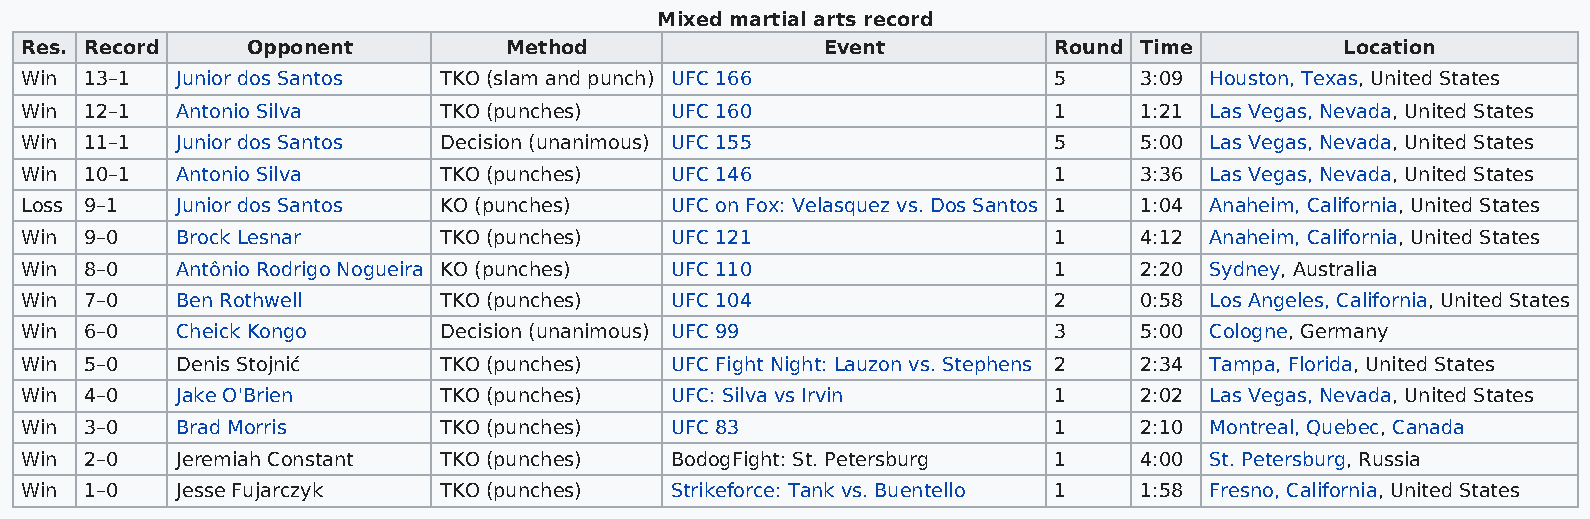
Mixed martial arts record
 Res. Record    Opponent          Method               Event          Round Time         Location
 Win  13–1  Junior dos Santos TKO (slam and punch) UFC 166            5    3:09 Houston, Texas, United States
 Win  12–1  Antonio Silva    TKO (punches)  UFC 160                   1    1:21 Las Vegas, Nevada, United States
 Win  11–1  Junior dos Santos Decision (unanimous) UFC 155            5    5:00 Las Vegas, Nevada, United States
 Win  10–1  Antonio Silva    TKO (punches)  UFC 146                   1    3:36 Las Vegas, Nevada, United States
 Loss 9–1   Junior dos Santos KO (punches)  UFC on Fox: Velasquez vs. Dos Santos 1 1:04 Anaheim, California, United States
 Win  9–0   Brock Lesnar     TKO (punches)  UFC 121                   1    4:12 Anaheim, California, United States
 Win  8–0   Antônio Rodrigo Nogueira KO (punches) UFC 110             1    2:20 Sydney, Australia
 Win  7–0   Ben Rothwell     TKO (punches)  UFC 104                   2    0:58 Los Angeles, California, United States
 Win  6–0   Cheick Kongo     Decision (unanimous) UFC 99              3    5:00 Cologne, Germany
 Win  5–0   Denis Stojnić    TKO (punches)  UFC Fight Night: Lauzon vs. Stephens 2 2:34 Tampa, Florida, United States
 Win  4–0   Jake O'Brien     TKO (punches)  UFC: Silva vs Irvin       1    2:02 Las Vegas, Nevada, United States
 Win  3–0   Brad Morris      TKO (punches)  UFC 83                    1    2:10 Montreal, Quebec, Canada
 Win  2–0   Jeremiah Constant TKO (punches) BodogFight: St. Petersburg 1   4:00 St. Petersburg, Russia
 Win  1–0   Jesse Fujarczyk  TKO (punches)  Strikeforce: Tank vs. Buentello 1 1:58 Fresno, California, United States